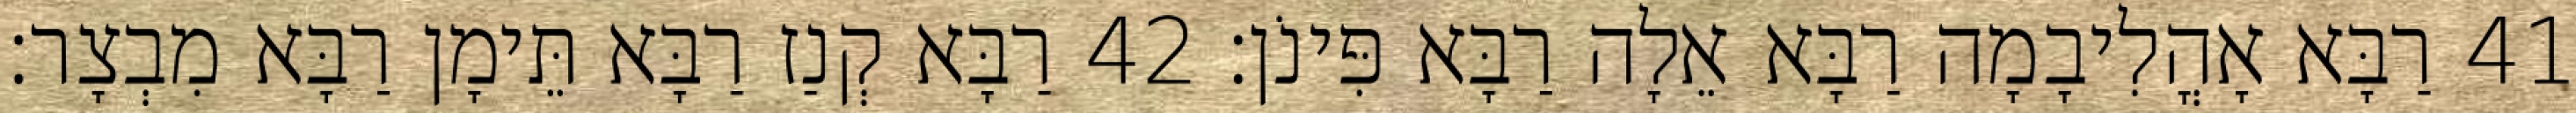
41 רַבָּא אָהֳלִיבָמָה רַבָּא אֵלָה רַבָּא פִּינֹן׃ 42 רַבָּא קְנַז רַבָּא תֵּימָן רַבָּא מִבְצָר׃